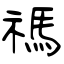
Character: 禡